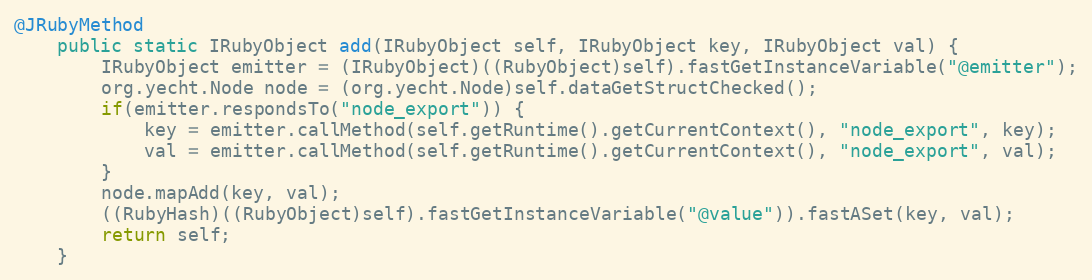
Language: Java
@JRubyMethod
    public static IRubyObject add(IRubyObject self, IRubyObject key, IRubyObject val) {
        IRubyObject emitter = (IRubyObject)((RubyObject)self).fastGetInstanceVariable("@emitter");
        org.yecht.Node node = (org.yecht.Node)self.dataGetStructChecked();
        if(emitter.respondsTo("node_export")) {
            key = emitter.callMethod(self.getRuntime().getCurrentContext(), "node_export", key);
            val = emitter.callMethod(self.getRuntime().getCurrentContext(), "node_export", val);
        }
        node.mapAdd(key, val);
        ((RubyHash)((RubyObject)self).fastGetInstanceVariable("@value")).fastASet(key, val);
        return self;
    }